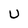
Character: U